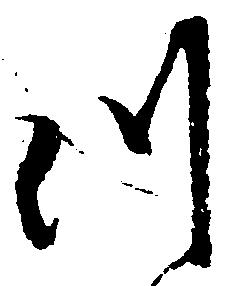
つ